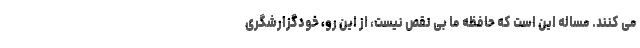
می کنند. مساله این است که حافظه ما بی نقص نیست، از این رو، خودگزارشگری